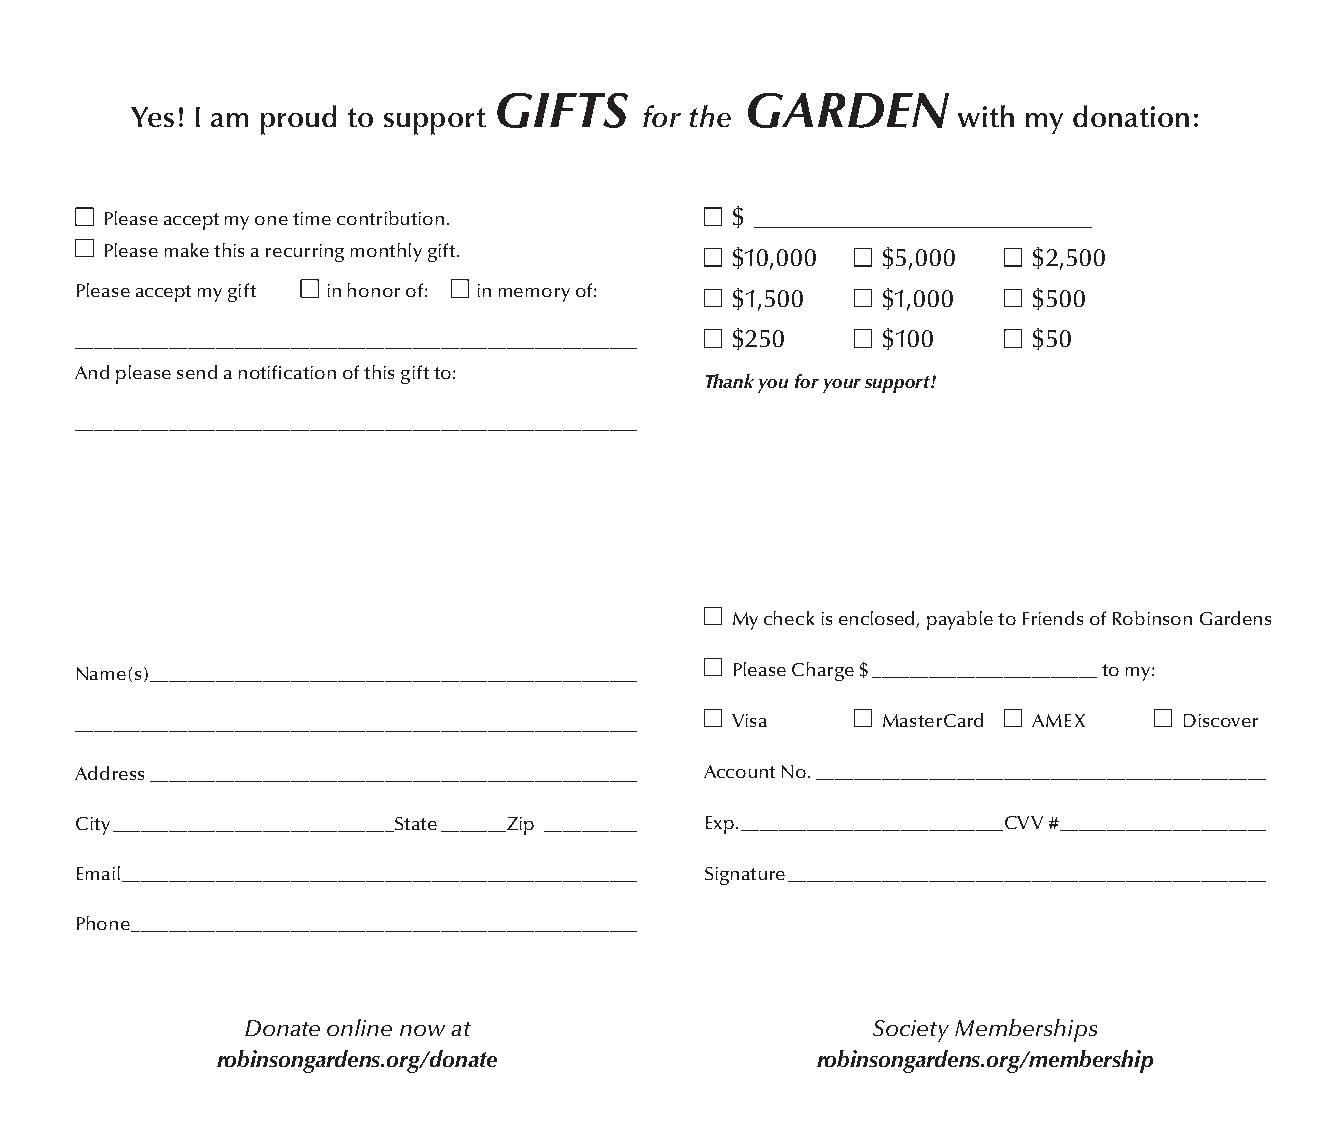
GIFTS           GARDEN
 Yes! I am proud to support        for the             with my donation:
 n Please accept my one time contribution. n $ ___________________________
 n
 Please make this a recurring monthly gift. n $10,000 n $5,000 n $2,500
 n         n
 Please accept my gift in honor of: in memory of: n $1,500 n $1,000 n $500
 ____________________________________________________________ n $250 n $100 n $50
 And please send a notification of this gift to:
 Thank you for your support!
 ____________________________________________________________
 n
 My check is enclosed, payable to Friends of Robinson Gardens
 n
 Name(s) ____________________________________________________ Please Charge $ ________________________ to my:
 n        n         n         n
 ____________________________________________________________ Visa MasterCard AMEX Discover
 Address ____________________________________________________ Account No. ________________________________________________
 City ______________________________State _______Zip __________ Exp. ____________________________CVV # ______________________
 Email _______________________________________________________ Signature ___________________________________________________
 Phone ______________________________________________________
 Donate online now at                      Society Memberships
 robinsongardens.org/donate              robinsongardens.org/membership